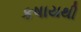
કષાયથી